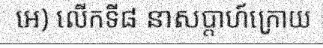
អេ) លើកទី៨ នាសប្តាហ៍ក្រោយ